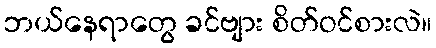
ဘယ်နေရာတွေ ခင်ဗျား စိတ်ဝင်စားလဲ။